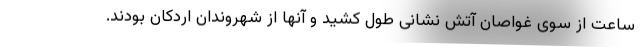
ساعت از سوی غواصان آتش نشانی طول کشید و آنها از شهروندان اردکان بودند.